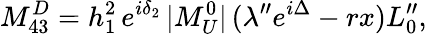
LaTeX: M_{43}^{D}=h_{1}^{2}\, e^{i\delta_{2}}\, |M_{U}^{0}|\, (\lambda^{\prime\prime}e^{i\Delta}-rx)L_{0}^{\prime\prime},